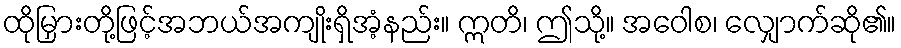
ထိုမြှားတို့ဖြင့်အဘယ်အကျိုးရှိအံ့နည်း။ ဣတိ၊ ဤသို့။ အဝေါစ၊ လျှောက်ဆို၏။